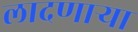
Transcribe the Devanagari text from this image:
लादणाऱ्या